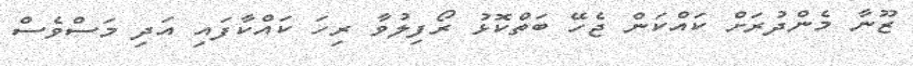
ޒޫނާ މެންދުރަށް ކައްކަން ޖެހޭ ބަތްކޮޅު ރޯފިލުވާ ރިހަ ކައްކާފައި އަދި މަސްވެސް